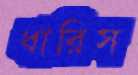
ধারিস